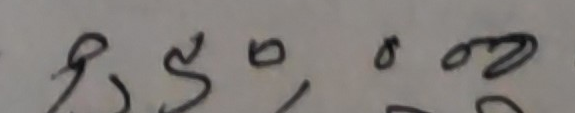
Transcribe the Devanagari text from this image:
९५००८